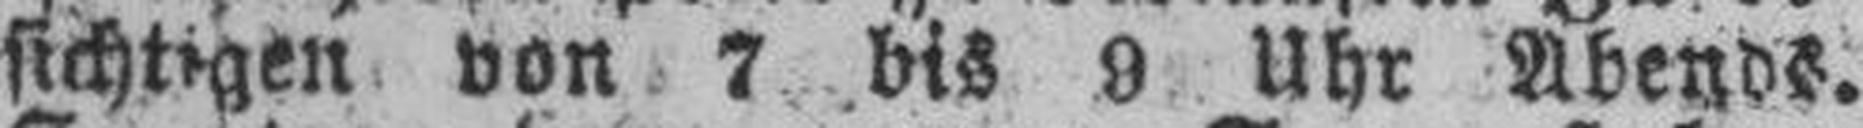
sichtigen von 7 bis 9 Uhr Abends.